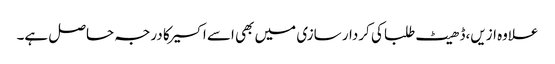
علاوه ازیں،ڈھیٹ طلبا کی کردار سازی میں بھی اسے اکسیر کا درجہ حاصل ہے۔